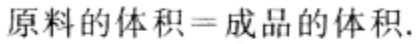
原料的体积=成品的体积.